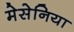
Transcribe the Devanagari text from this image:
मेसेनिया